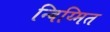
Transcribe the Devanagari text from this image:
न्बिय्मित